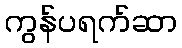
ကွန်ပရက်ဆာ